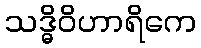
သဒ္ဓိဝိဟာရိကေ